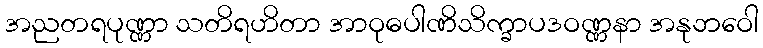
အညတရပုဏ္ဏာ သတိရဟိတာ အာဝုဓပါဏိသိက္ခာပဒဝဏ္ဏနာ အနုဘဝေါ